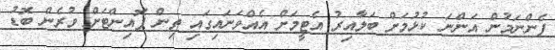
ފެންނަމުން އަންނަ ކުޅުމަށް ބަލާއިރު އެޓީމަށް އެއްވަނައިގައި ތިން ޕޮއިންޓަށް ވުރެން ބޮޑު